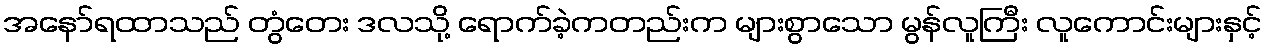
အနော်ရထာသည် တွံတေး ဒလသို့ ရောက်ခဲ့ကတည်းက များစွာသော မွန်လူကြီး လူကောင်းများနှင့်